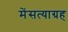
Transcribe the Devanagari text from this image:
मेंसत्याग्रह